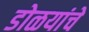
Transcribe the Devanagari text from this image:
डोळयांचे